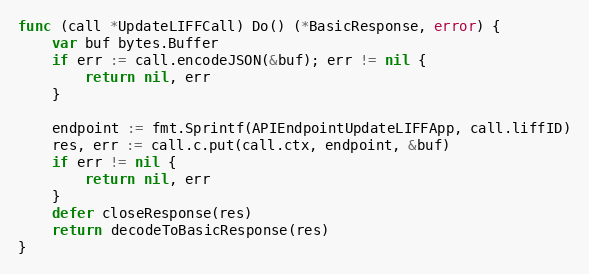
Language: Go
func (call *UpdateLIFFCall) Do() (*BasicResponse, error) {
	var buf bytes.Buffer
	if err := call.encodeJSON(&buf); err != nil {
		return nil, err
	}

	endpoint := fmt.Sprintf(APIEndpointUpdateLIFFApp, call.liffID)
	res, err := call.c.put(call.ctx, endpoint, &buf)
	if err != nil {
		return nil, err
	}
	defer closeResponse(res)
	return decodeToBasicResponse(res)
}